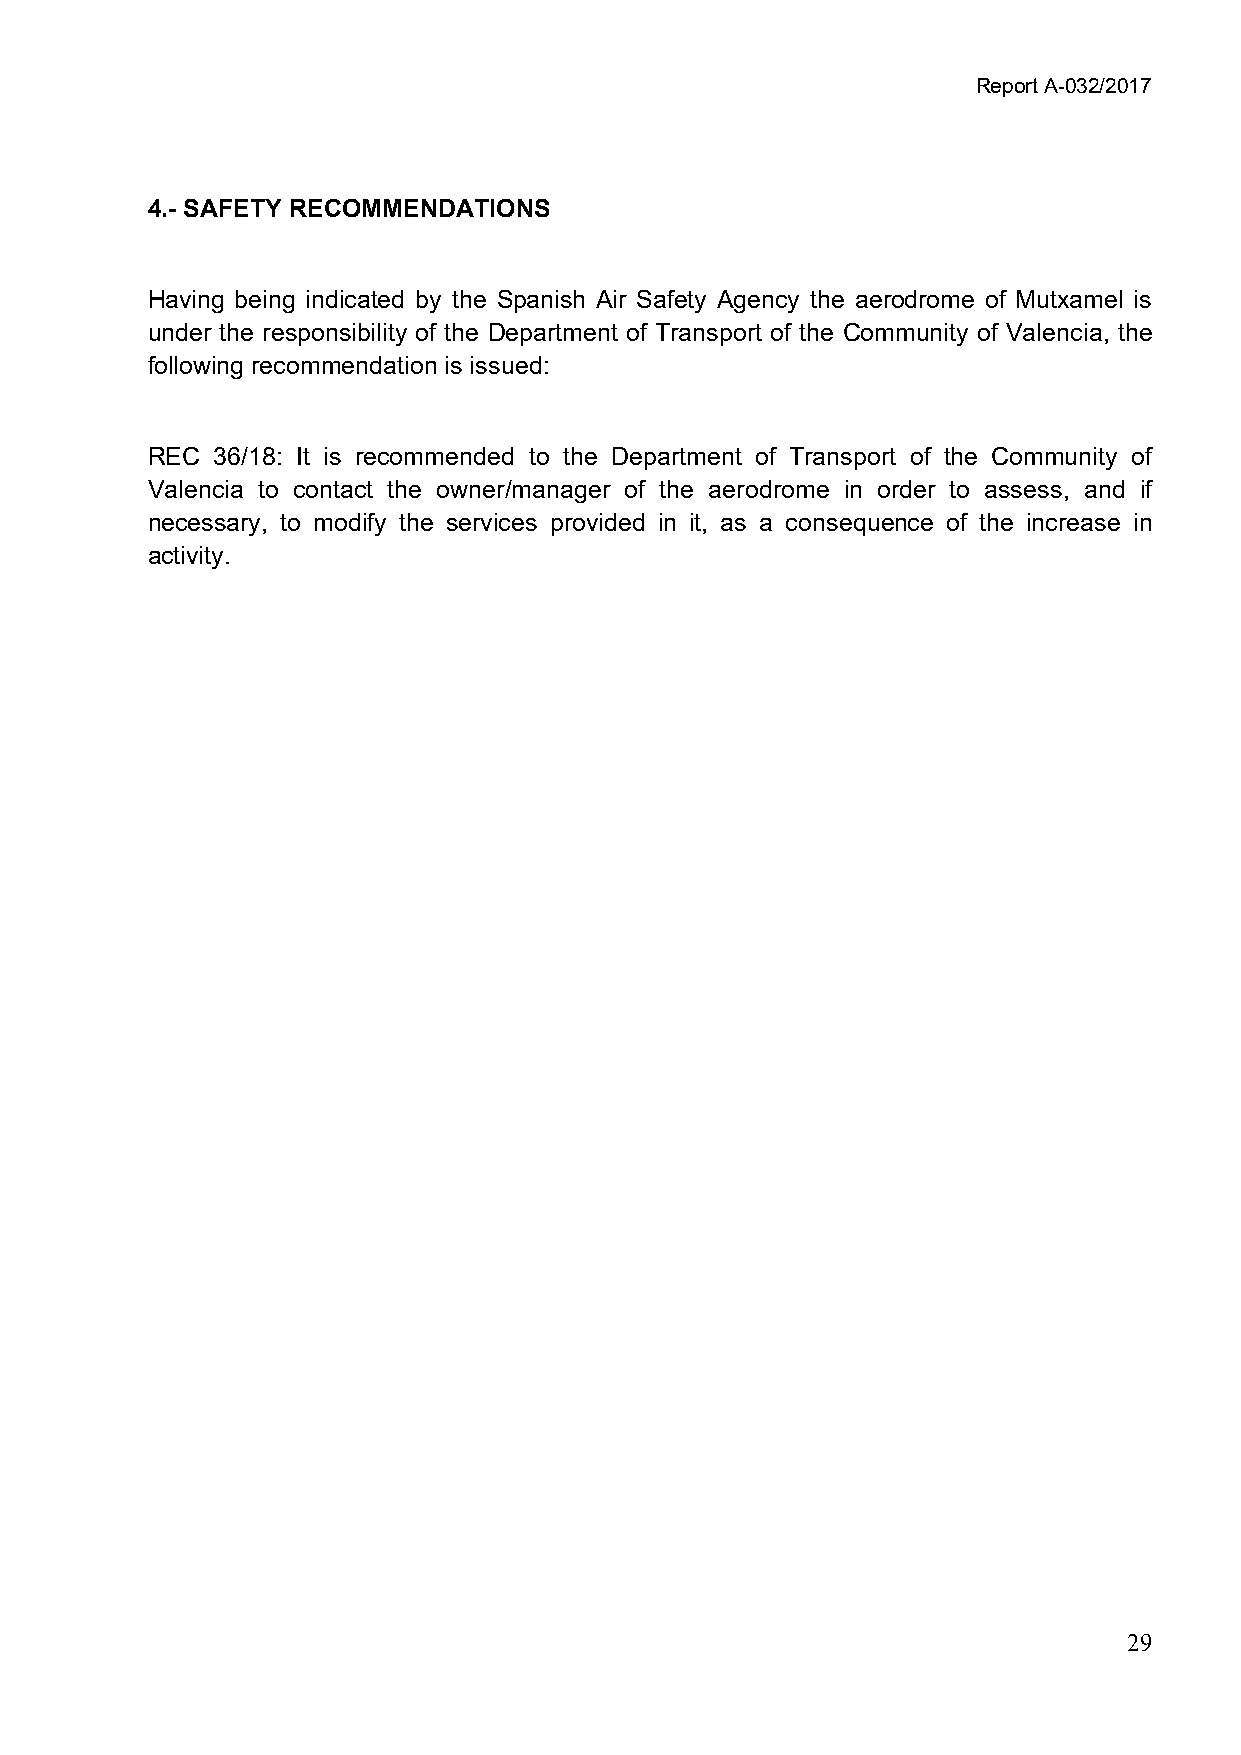
Report A-032/2017
 4.- SAFETY RECOMMENDATIONS
 Having being indicated by the Spanish Air Safety Agency the aerodrome of Mutxamel is
 under the responsibility of the Department of Transport of the Community of Valencia, the
 following recommendation is issued:
 REC 36/18: It is recommended to the Department of Transport of the Community of
 Valencia to contact the owner/manager of the aerodrome in order to assess, and if
 necessary, to modify the services provided in it, as a consequence of the increase in
 activity.
 29